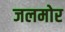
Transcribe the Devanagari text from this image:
जलमोर